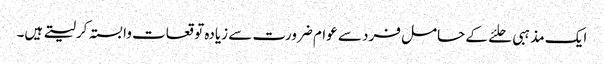
ایک مذہبی حلئے کے حامل فرد سے عوام ضرورت سے زیادہ توقعات وابستہ کرلیتے ہیں۔